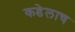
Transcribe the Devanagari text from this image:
कडेलाच